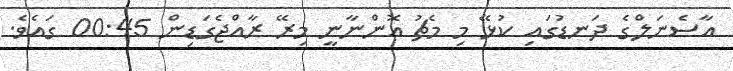
އާސެނަލްގެ ދަނޑުގައި ކުޅޭ މި މެޗު އޮންނާނީ މިރޭ ރާއްޖެގަޑިން 00:45 ގައެވެ.